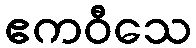
ဧကဝီသေ